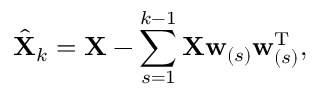
\hat { \mathbf { X } } _ { k } = \mathbf { X } - \sum _ { s = 1 } ^ { k - 1 } \mathbf { X } \mathbf { w } _ { ( s ) } \mathbf { w } _ { ( s ) } ^ { \mathrm { T } } ,